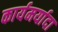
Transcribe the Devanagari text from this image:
कार्यमर्यादा